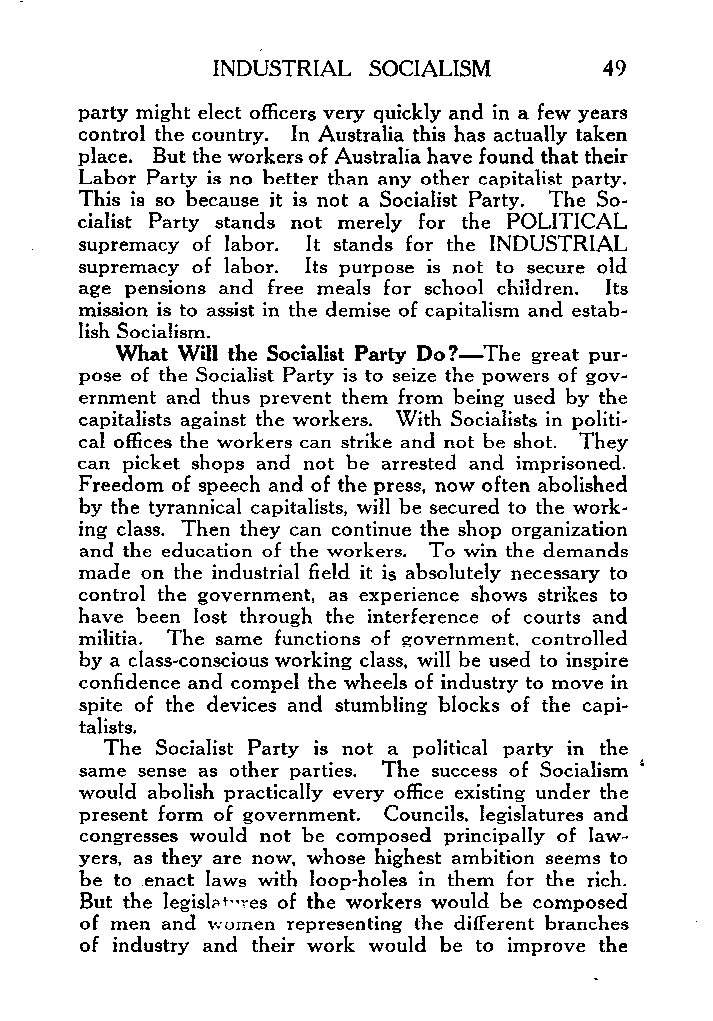
INDUSTRIAL SOCIALISM      49
 party might elect officers very quickly and in a few years
 control the country. In Australia this has actually taken
 place. But the workers of Australia have found that their
 Labor Party is no better than any other capitalist party.
 This is so because it is not a Socialist Party. The So-
 cialist Party stands not merely for the POLITICAL
 supremacy of labor. It stands for the INDUSTRIAL
 supremacy of labor. It s purpose is not to secure old
 age pensions and free meals for school children. Its
 mission is to assist in the demise of capitalism and estab-
 lish Socialism.
 What Will the Socialist Party Do?-The great pur-
 pose of the Socialist Party is to seize the powers of gov-
 ernment and thus prevent them from being used by the
 capitalists against the workers. With Socialists in politi-
 cal offices the workers can strike and not be shot. They
 can picket shops and not be arrested and imprisoned.
 Freedom of speech and of the press, now often abolished
 by the tyrannical capitalists, will be secured to the work-
 ing class. Then they can continue the shop organization
 and the education of the workers. To win the demands
 made on the industrial field it is absolutely necessary to
 control the government, as experience shows strikes to
 have been lost through the interference of courts and
 militia. The same functions of government, controlled
 by a class-conscious working class, will be used to inspire
 confidence and compel the wheels of industry to move in
 spite of the devices and stumbling blocks of the capi-
 talists.
 The Socialist Party is not a political party in the
 same sense as other parties. The success of Socialism
 would abolish practically every office existing under the
 present form of government. Councils, legislatures and
 congresses would not be composed principally of law-
 yers, as they are now, whose highest ambition seems to
 be to enact laws with loop-holes in them for the rich.
 But the legisla+res of the workers would be composed
 of men and women representing the different branches
 of industry and their work would be to improve the